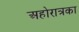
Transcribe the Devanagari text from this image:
अहोरात्रका